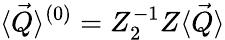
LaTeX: \langle\vec{Q}\rangle^{(0)}=Z_{2}^{-1}Z\langle\vec{Q}\rangle